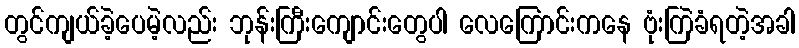
တွင်ကျယ်ခဲ့ပေမဲ့လည်း ဘုန်းကြီးကျောင်းတွေပါ လေကြောင်းကနေ ဗုံးကြဲခံရတဲ့အခါ